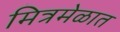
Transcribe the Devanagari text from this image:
मित्रमेळात